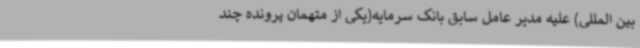
بین المللی) علیه مدیر عامل سابق بانک سرمایه(یکی از متهمان پرونده چند